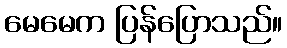
မေမေက ပြန်ပြောသည်။